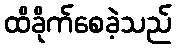
ထိခိုက်စေခဲ့သည်